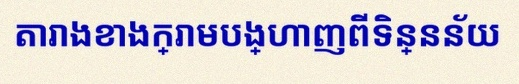
តារាងខាងក្រោមបង្ហាញពីទិន្នន័យ